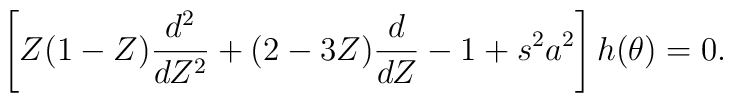
\left[ Z(1-Z) \frac{d^2}{dZ^2} + (2-3Z) \frac{d}{dZ} -1+s^2a^2\right] h(\theta) =0.